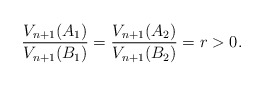
\begin{align*} \frac{V_{n+1}(A_1)}{V_{n+1}(B_1)} = \frac{V_{n+1}(A_2)}{V_{n+1}(B_2)} = r >0. \end{align*}